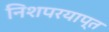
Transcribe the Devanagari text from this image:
निशपरयाप्त